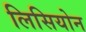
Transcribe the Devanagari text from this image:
लिसियोन